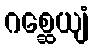
ဂစ္ဆေယျံ